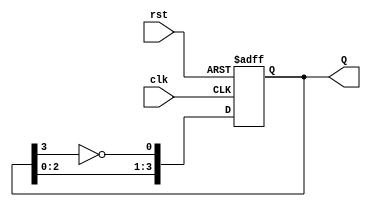
module modified_johnson_counter #(parameter N = 4) (
    input wire clk,       // Clock signal
    input wire rst,       // Asynchronous reset signal
    output reg [N-1:0] Q  // Output representing the current state of the counter
);

    // Internal signal for the inverted output of the last flip-flop
    wire feedback;

    // Inverted output of the last flip-flop
    assign feedback = ~Q[N-1];

    always @(posedge clk or posedge rst) begin
        if (rst) begin
            // Reset the counter to all zeros
            Q <= {N{1'b0}};
        end else begin
            // Shift the output and introduce feedback
            Q <= {Q[N-2:0], feedback};
        end
    end

endmodule